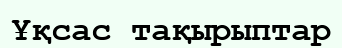
Ұқсас тақырыптар